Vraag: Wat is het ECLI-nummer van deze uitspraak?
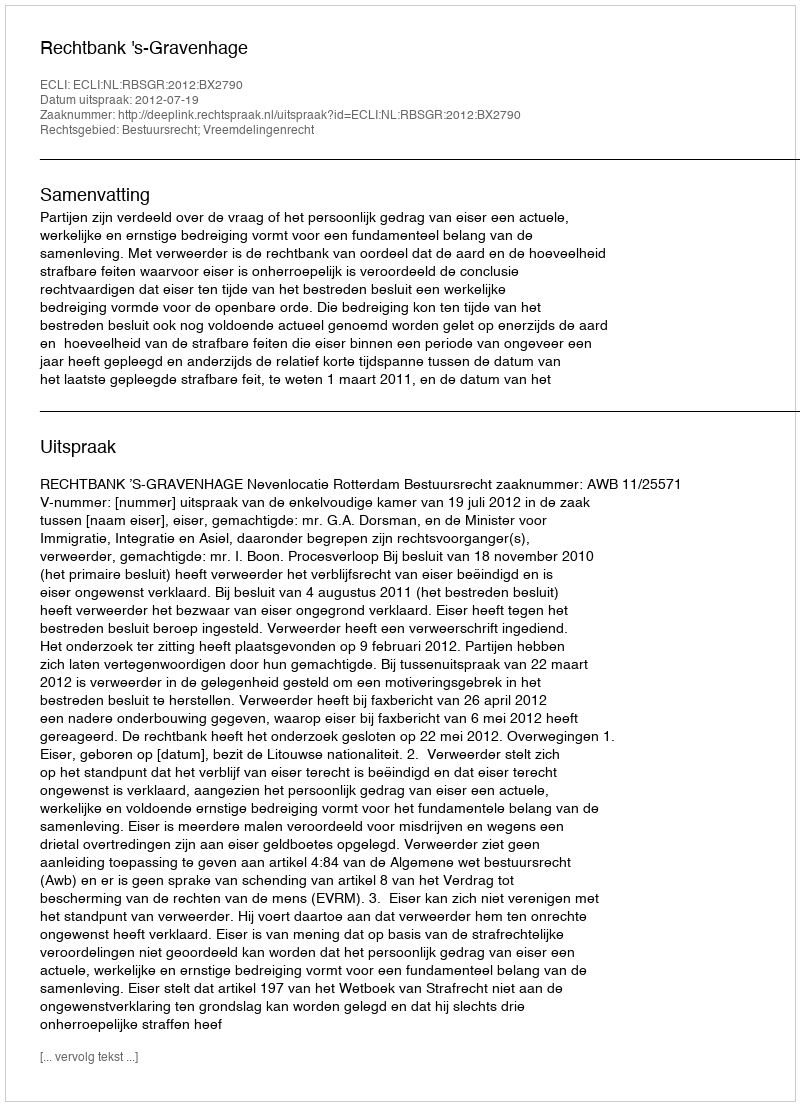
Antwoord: ECLI:NL:RBSGR:2012:BX2790